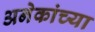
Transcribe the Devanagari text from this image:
अनेकांच्‍या